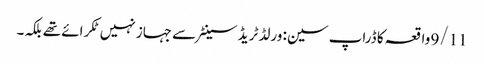
9/11 واقعہ کا ڈراپ سین: ورلڈ ٹریڈ سینٹر سے جہاز نہیں ٹکرائے تھے بلکہ۔